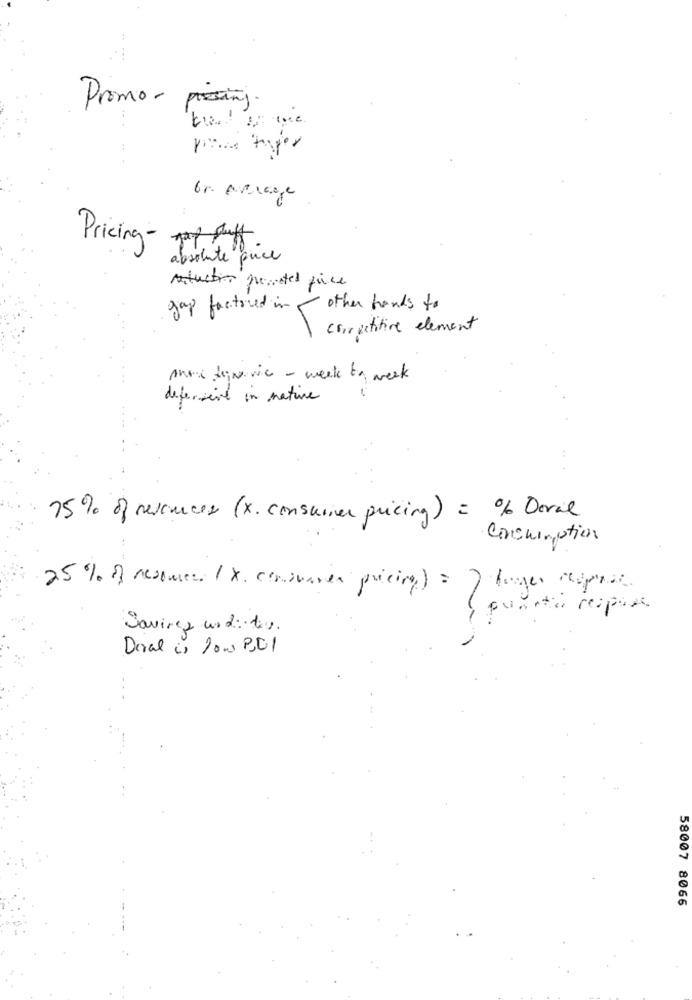
Promo- prising.
br. Average
Pricing-
absolute puce
restuction presented price
gap factored in
other hands to
corrpetitive element
Anos dominic - week to week
defensivt in native
75% of resources (x. consuriver pricing) = % Devil
Conchimption
25% of resources ( x. consumer pricing) =
quanti resposta
Savires und : du .
Doval is low PC1
58007 8066